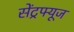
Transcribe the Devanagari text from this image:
सेंट्रफ्यूज